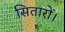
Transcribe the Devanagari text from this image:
सितारों।